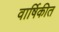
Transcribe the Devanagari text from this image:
वार्षिकीत